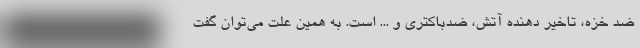
ضد خزه، تاخیر دهنده آتش، ضدباکتری و ... است. به همین علت می‌توان گفت